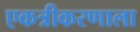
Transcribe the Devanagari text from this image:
एकत्रीकरणाला